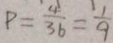
P = \frac { 4 } { 3 6 } = \frac { 1 } { 9 }